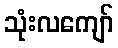
သုံးလကျော်